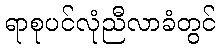
ရာစုပင်လုံညီလာခံတွင်